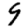
Digit: 9